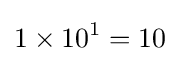
1\times 10^{1}=10